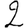
Digit: 2